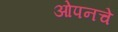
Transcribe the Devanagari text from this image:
ओपनचे